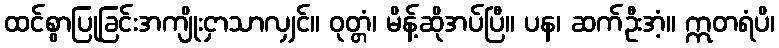
ထင်စွာပြုခြင်းအကျိုးငှာသာလျှင်။ ဝုတ္တံ၊ မိန့်ဆိုအပ်ပြီ။ ပန၊ ဆက်ဦးအံ့။ ဣတရံပိ၊